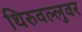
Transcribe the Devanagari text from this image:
थिरुवल्लुवर